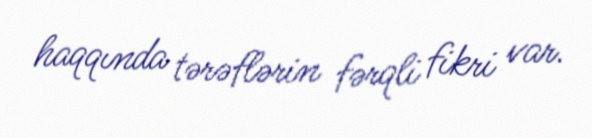
haqqında tərəflərin fərqli fikri var.